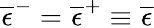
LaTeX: \overline{{\epsilon}}^{-}=\overline{{\epsilon}}^{+}\equiv\overline{{\epsilon}}